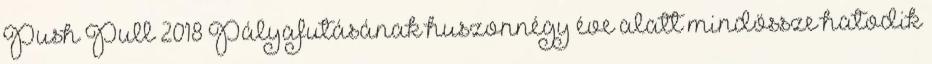
Push Pull 2018 Pályafutásának huszonnégy éve alatt mindössze hatodik